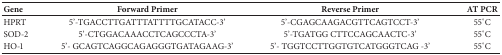
<table><thead><tr><td><b>Gene</b></td><td><b>Forward Primer</b></td><td><b>Reverse Primer</b></td><td><b>AT PCR</b></td></tr></thead><tbody><tr><td>HPRT</td><td>5&#x27;-TGACCTTGATTTATTTTGCATACC-3&#x27;</td><td>5&#x27;-CGAGCAAGACGTTCAGTCCT-3&#x27;</td><td>55°C</td></tr><tr><td>SOD-2</td><td>5&#x27;-CTGGACAAACCTCAGCCCTA-3&#x27;</td><td>5&#x27;-TGATGG CTTCCAGCAACTC-3&#x27;</td><td>55°C</td></tr><tr><td>HO-1</td><td>5&#x27;- GCAGTCAGGCAGAGGGTGATAGAAG-3&#x27;</td><td>5&#x27;- TGGTCCTTGGTGTCATGGGTCAG -3&#x27;</td><td>55°C</td></tr></tbody></table>